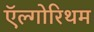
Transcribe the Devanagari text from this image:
ऍल्गोरिथम